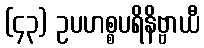
(၄၃) ဥပဟစ္စပရိနိဗ္ဗာယီ